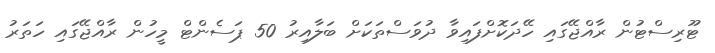
ޓޫރިސްޓުން ރާއްޖޭގައި ހޭދަކޮށްފައިވާ ދުވަސްތަކަށް ބަލާއިރު 50 ޕަސެންޓް މީހުން ރާއްޖޭގައި ހަތަރު